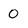
Character: 0